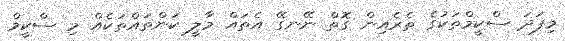
މިފަދަ ސްކީމްތަކުގެ ތެރެއިން ގޮތް ނޭނގޭ އެތައް މާލީ ކަންތައްތަކެއް މި ސްކީމް